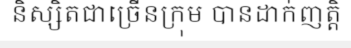
និស្សិតជាច្រើនក្រុម បានដាក់ញត្តិ